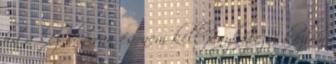
ha a kezeden van és nem kell fényképezni közben